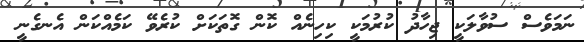
ނަމަވެސް ސުވާލަކީ ޖިހާދު ކުރުމަކީ ކިހިނެއް ކޮން ގޮތަކަށް ކުރެވޭ ކަމެއްކަން އެނގެނީ